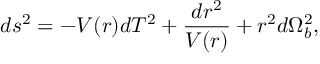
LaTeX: d s ^ { 2 } = - V ( r ) d T ^ { 2 } + \frac { d r ^ { 2 } } { V ( r ) } + r ^ { 2 } d \Omega _ { b } ^ { 2 } ,